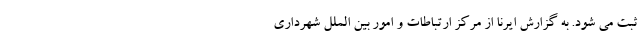
ثبت می شود. به گزارش ایرنا از مرکز ارتباطات و امور بین الملل شهرداری